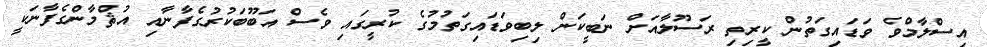
އިސްލާމްވެ ވަޑައިގަތުން ކީރިތި ރަސޫލާއަށް ނަބީކަން ލިބިވަޑައިގަތުމުގެ ކުރީގައި ވެސް އަބޫބަކުރުގެފާނާއި އުޘްމާންގެފާނަކީ